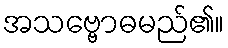
အသဗ္ဗောဓမည်၏။